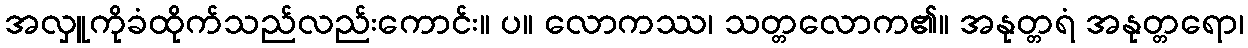
အလှူကိုခံထိုက်သည်လည်းကောင်း။ ပ။ လောကဿ၊ သတ္တလောက၏။ အနုတ္တရံ အနုတ္တရော၊